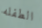
الطفله